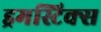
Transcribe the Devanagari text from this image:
ड्रमस्टिक्स